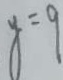
y = 9